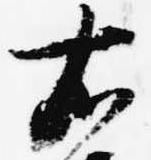
右